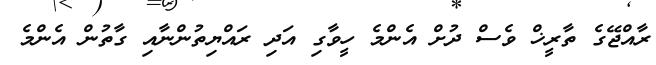
ރާއްޖޭގެ ތާރީޚް ވެސް ދުށް އެންމެ ހީވާގި އަދި ރައްޔިތުންނާއި ގާތުން އެންމެ